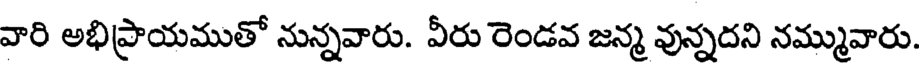
వారి అభిప్రాయముతో నున్నవారు. వీరు రెండవ జన్మ వున్నదని నమ్మువారు.